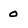
Character: 0